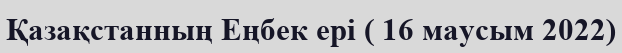
Қазақстанның Еңбек ері ( 16 маусым 2022)